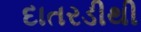
દાતરડીથી